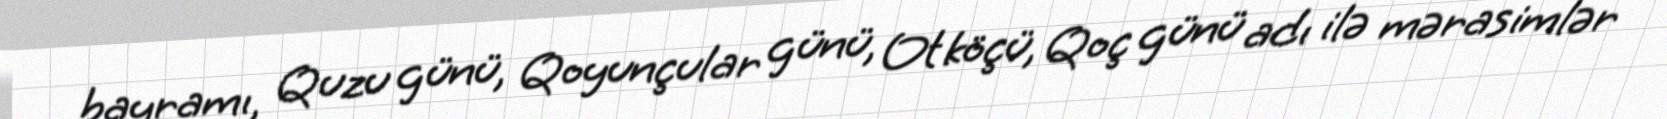
bayramı, Quzu günü, Qoyunçular günü, Ot köçü, Qoç günü adı ilə mərasimlər